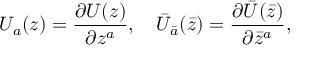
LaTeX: U _ { a } ( z ) = \frac { \partial U ( z ) } { \partial z ^ { a } } , \quad { \bar { U } } _ { \bar { a } } ( \bar { z } ) = \frac { \partial { \bar { U } } ( { \bar { z } } ) } { \partial { \bar { z } } ^ { a } } ,